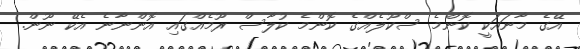
އޭގެ މާނައަކީ ކޮންމެ ސްކޫލެއްގެ ކޮންމެ ކުލާސް ރޫމެއްގައި އޮންނާނެ އެކޭ ނޫން.